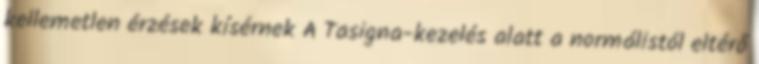
kellemetlen érzések kísérnek A Tasigna-kezelés alatt a normálistól eltérő